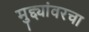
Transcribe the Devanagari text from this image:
मुद्द्यांवरचा